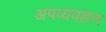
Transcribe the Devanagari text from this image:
अपव्यवहार